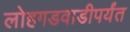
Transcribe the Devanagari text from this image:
लोहगडवाडीपर्यंत